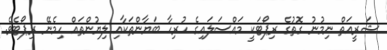
ޝަރީއަތް ނިމުނު ގޮތުގެ ރިޕޯޓަކީ މައްސަލައިގެ ހުރިހާ ބަޔާންތަކާއި ލިޔުންތައް ހިމެނޭ ރިޕޯޓެވެ.